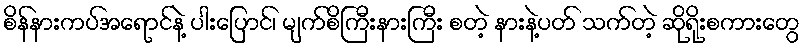
စိန်နားကပ်အရောင်နဲ့ ပါးပြောင်၊ မျက်စိကြီးနားကြီး စတဲ့ နားနဲ့ပတ် သက်တဲ့ ဆိုရိုးစကားတွေ